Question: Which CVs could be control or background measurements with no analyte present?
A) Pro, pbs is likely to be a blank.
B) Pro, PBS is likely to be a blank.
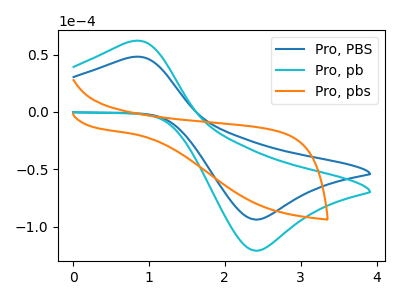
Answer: <think>The blue curve "Pro, PBS" has an anodic peak at (0.80V, 47.90uA) and a cathodic peak at (2.40V, -93.85uA). The cyan curve "Pro, pb" has an anodic peak at (0.80V, 61.75uA) and a cathodic peak at (2.40V, -121.00uA). The orange curve "Pro, pbs" has no peaks.</think>
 <answer>A) "Pro, pbs" is likely to be a blank.</answer>
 <eval>A</eval>